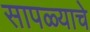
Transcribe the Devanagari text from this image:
सापळ्याचे